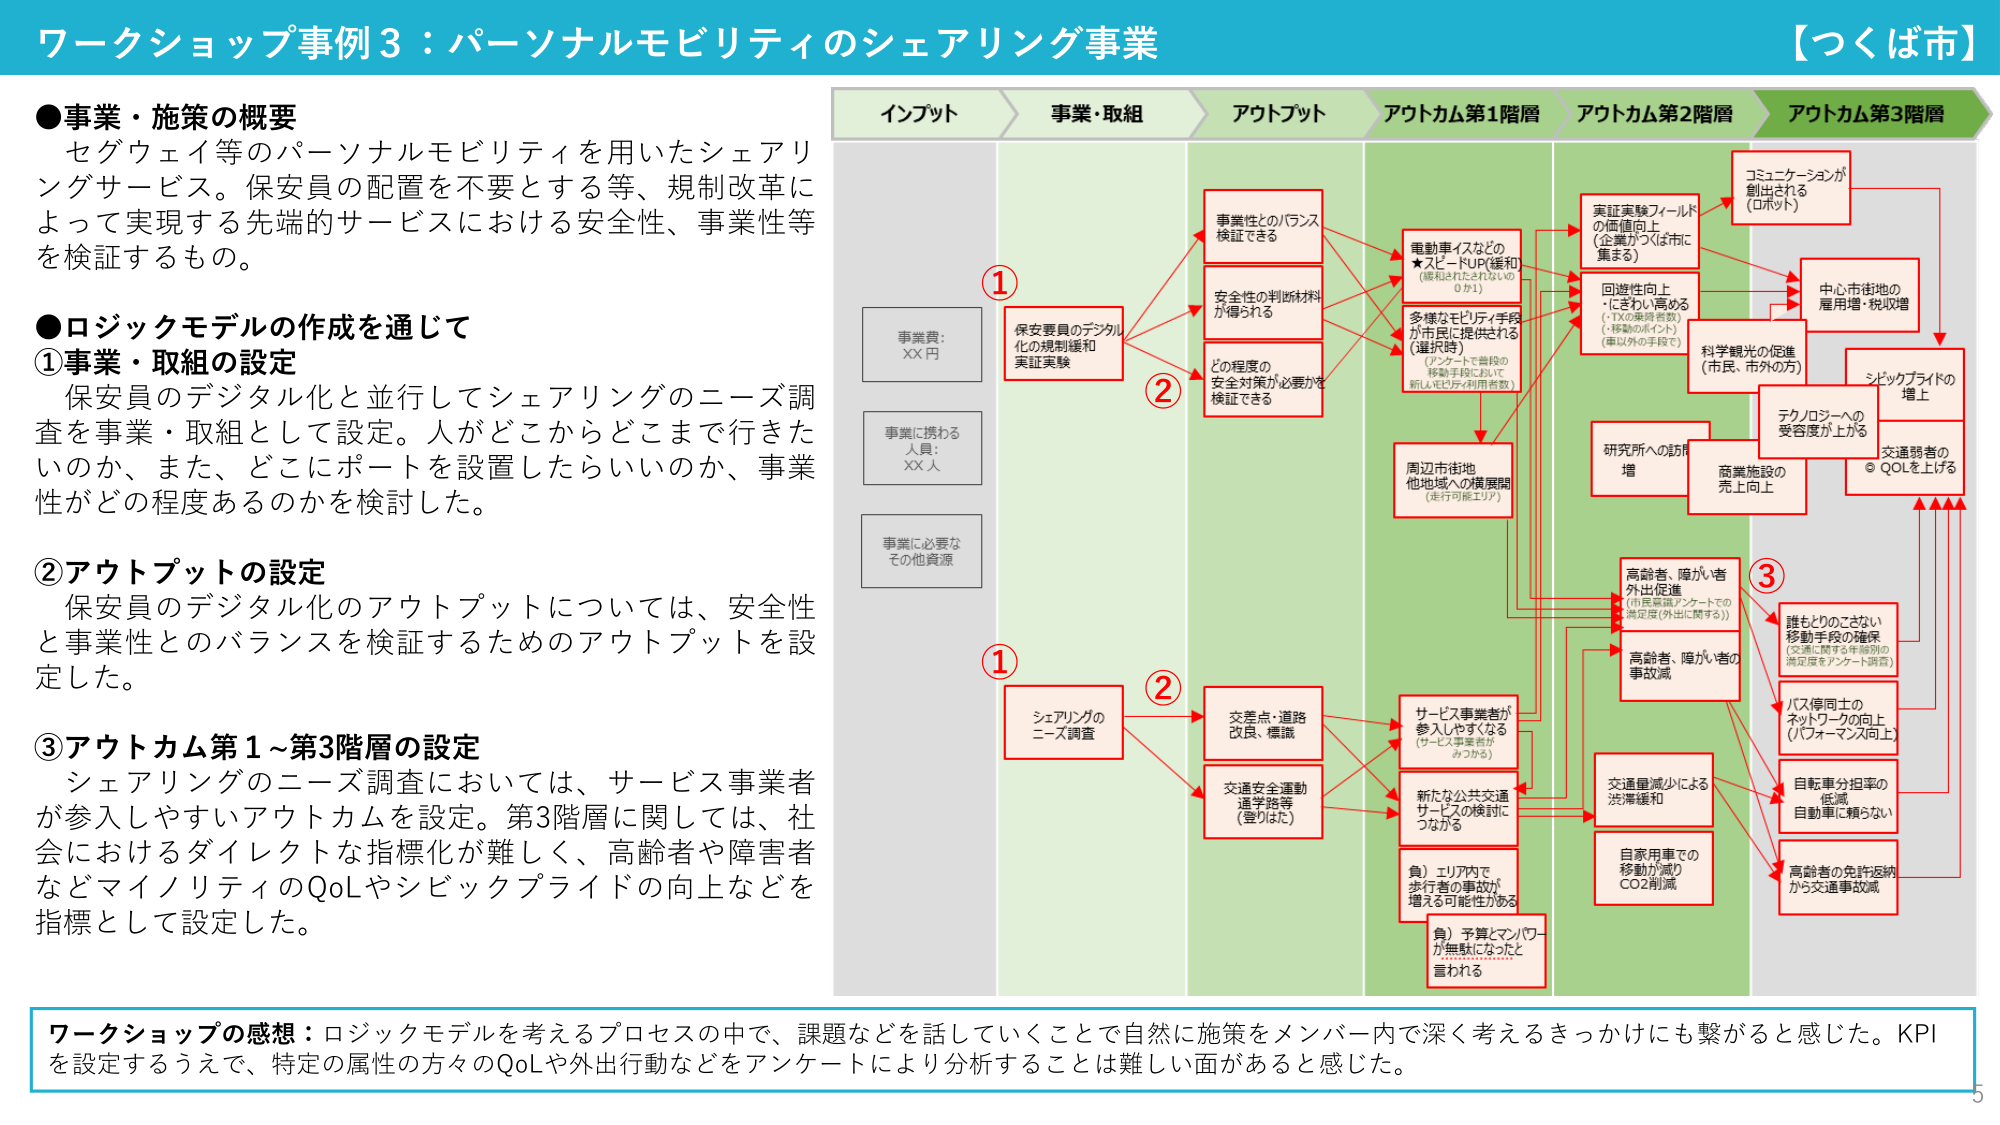
ワークショップ事例3：パーソナルモビリティのシェアリング事業 【つくば市】

●事業・施策の概要
セグウェイ等のパーソナルモビリティを用いたシェアリングサービス。保安員の配置を不要とする等、規制改革によって実現する先端的サービスにおける安全性、事業性等を検証するもの。

●ロジックモデルの作成を通じて
①事業・取組の設定
保安員のデジタル化と並行してシェアリングのニーズ調査を事業・取組として設定。人がどこからどこまで行きたいのか、また、どこにポートを設置したらいいのか、事業性がどの程度あるのかを検討した。

②アウトプットの設定
保安員のデジタル化のアウトプットについては、安全性と事業性とのバランスを検証するためのアウトプットを設定した。

③アウトカム第1～第3階層の設定
シェアリングのニーズ調査においては、サービス事業者が参入しやすいアウトカムを設定。第3階層に関しては、社会におけるダイレクトな指標化が難しく、高齢者や障害者などマイノリティのQoLやシビックプライドの向上などを指標として設定した。

インプット
事業費：XX円
事業に携わる人員：XX人
事業に必要なその他資源

事業・取組
①保安員のデジタル化の規制緩和
実証実験
②シェアリングのニーズ調査

アウトプット
事業性とのバランス検証できる
安全性の判断材料が得られる
どの程度の安全対策が必要かを検証できる
交差点・道路改良・標識
交通安全運動・通学路等（登りまた）

アウトカム第1階層
電動車イスなどの★スピードUP（緩和（緩和されたれいの0.1））
多様なモビリティ手段が市民に提供される（選択時）（アンケートで普段の移動手段において新しいモビリティ利用者数）
周辺市街地他地域への横展開（走行可能エリア）
サービス事業者が参入しやすくなる（サービス事業者がみつかる）
新たな公共交通サービスの検討につながる
（負）エリア内で歩行者の事故が増える可能性がある
（負）予算とマンパワーが無駄になったと言われる

アウトカム第2階層
実証実験フィールドの価値向上（企業がつくば市に集まる）
回避性向上・たきり小高める（・TXの乗降者数・移動のポイント（車以外の手段で））
科学観光の促進（市民、市外の方）
研究所への訪問増
商業施設の売上向上
高齢者、障がい者外出促進（市民意識アンケートでの満足度（外出に関する））
高齢者、障がい者の事故減
交通量減少による渋滞緩和
自家用車での移動が減りCO2削減
バス停同士のネットワークの向上（バフォーマンス向上）
自転車分担率の低減、自動車に頼らない
高齢者の免許返納から交通事故減

アウトカム第3階層
コミュニケーションが創出される（ロボット）
中心市街地の雇用増・税収増
シビックプライドの増上
テクノロジーへの受容度が上がる
交通弱者の◎QOLを上げる

ワークショップの感想：ロジックモデルを考えるプロセスの中で、課題などを話していくことで自然に施策をメンバー内で深く考えるきっかけにも繋がると感じた。KPIを設定するうえで、特定の属性の方々のQoLや外出行動などをアンケートにより分析することは難しい面があると感じた。